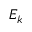
E _ { k }